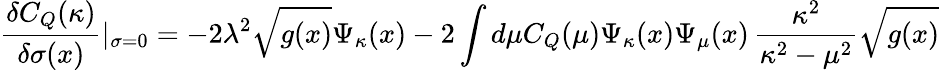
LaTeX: \frac{\delta C_{Q}(\kappa)}{\delta\sigma(x)}|_{\sigma=0}=-2\lambda^{2}\sqrt{g(x)}\Psi_{\kappa}(x)-2\int d\mu C_{Q}(\mu)\Psi_{\kappa}(x)\Psi_{\mu}(x)\, \frac{\kappa^{2}}{\kappa^{2}-\mu^{2}}\sqrt{g(x)}